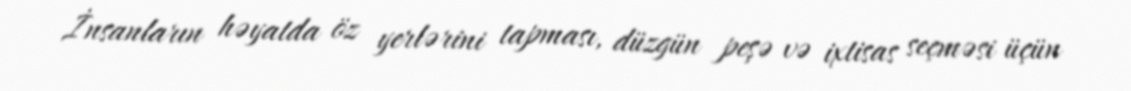
İnsanların həyatda öz yerlərini tapması, düzgün peşə və ixtisas seçməsi üçün